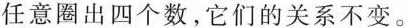
任意圈出四个数，它们的关系不变。